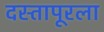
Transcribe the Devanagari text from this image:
दस्तापूरला